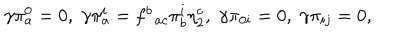
\gamma \pi _ { a } ^ { 0 } = 0 , \; \gamma \pi _ { a } ^ { i } = f _ { \; \; a c } ^ { b } \pi _ { b } ^ { i } \eta _ { 2 } ^ { c } , \; \gamma \pi _ { 0 i } = 0 , \; \gamma \pi _ { i j } = 0 ,